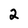
Character: 2